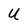
Character: U